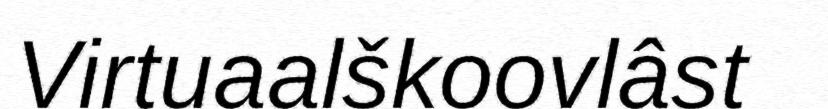
Virtuaalškoovlâst